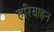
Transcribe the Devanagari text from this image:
हरिबाहन